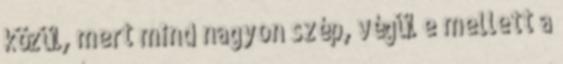
közül, mert mind nagyon szép, végül e mellett a